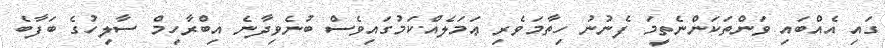
ގައި އެއްބައި ވަންތަކަންނެތީމަ ފެނުނު ހިތާމަވެރި ޢަމަލެއްކަމުގައިވެސް ބުނެވިދާނެ އިބްރާހިމް ސާލިހުގެ ބަފާބެ